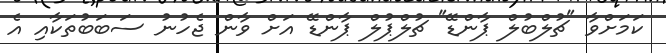
ކަމަށްވާ "ޗުލްބުލް ޕާންޑޭ" ޗުލްޕުލް ޕާންޑޭ އަށް ވާން ޖެހުނު ސަބަބުތަކާއި އެ